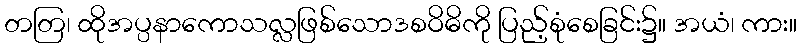
တတြ၊ ထိုအပ္ပနာကောသလ္လဖြစ်သောဒစဝိဓိကို ပြည့်စုံစေခြင်း၌။ အယံ၊ ကား။